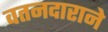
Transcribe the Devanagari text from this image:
वतनदाराने